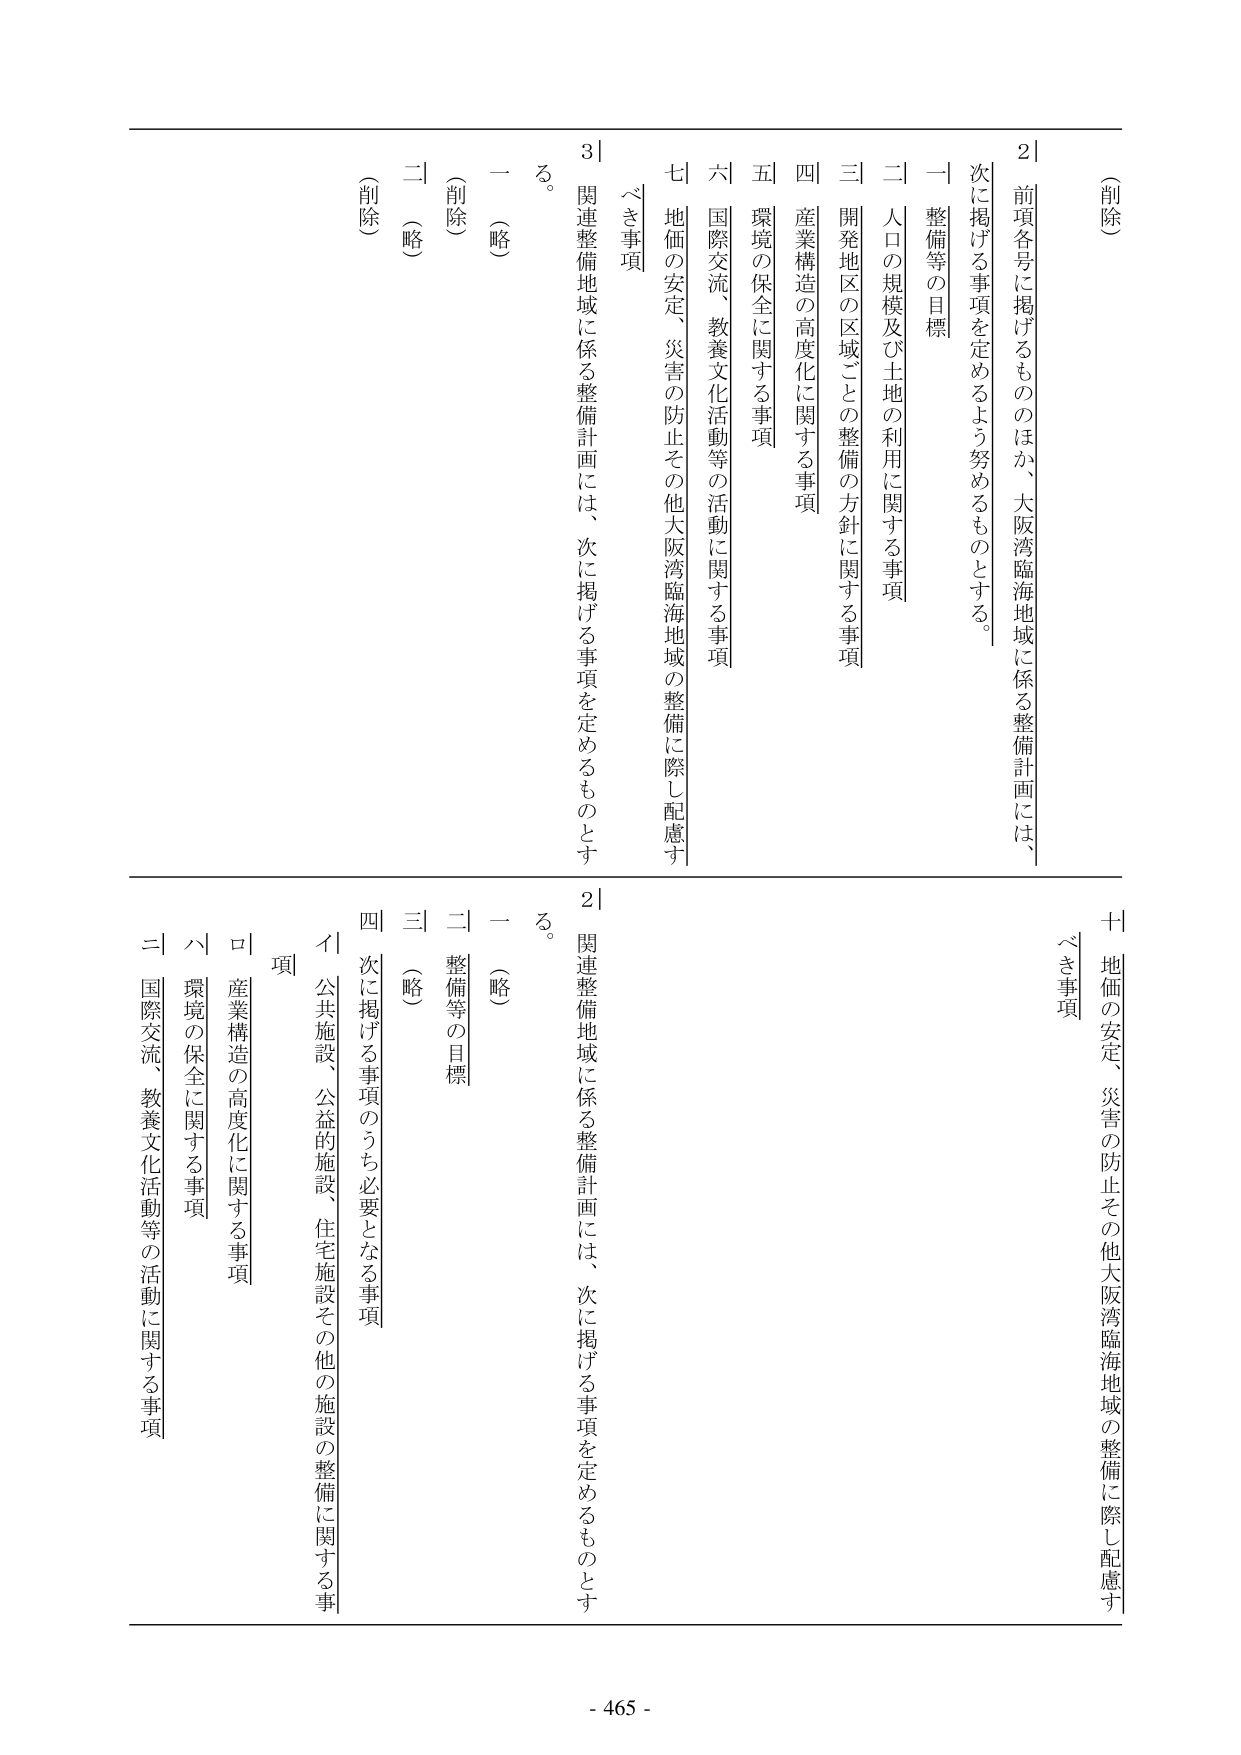
（削除）

2｜前項各号に掲げるもののほか、大阪湾臨海地域に係る整備計画には、
次に掲げる事項を定めるよう努めるものとする。
一 整備等の目標
二 人口の規模及び土地の利用に関する事項
三 開発地区の区域ごとの整備の方針に関する事項
四 産業構造の高度化に関する事項
五 環境の保全に関する事項
六 国際交流、教養文化活動等の活動に関する事項
七 地価の安定、災害の防止その他大阪湾臨海地域の整備に際し配慮す
べき事項

3｜関連整備地域に係る整備計画には、次に掲げる事項を定めるものとす
る。
一 （略）
二 （略）
（削除）

（削除）

2｜関連整備地域に係る整備計画には、次に掲げる事項を定めるものとす
る。
一 （略）
二 整備等の目標
三 （略）
四 次に掲げる事項のうち必要となる事項
イ 公共施設、公益的施設、住宅施設その他の施設の整備に関する事
項
ロ 産業構造の高度化に関する事項
ハ 環境の保全に関する事項
ニ 国際交流、教養文化活動等の活動に関する事項

十 地価の安定、災害の防止その他大阪湾臨海地域の整備に際し配慮す
べき事項

- 465 -